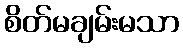
စိတ်မချမ်းမသာ